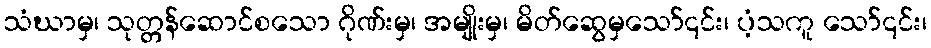
သံဃာမှ၊ သုတ္တန်ဆောင်စသော ဂိုဏ်းမှ၊ အမျိုးမှ၊ မိတ်ဆွေမှသော်၎င်း၊ ပံ့သကူ သော်၎င်း၊